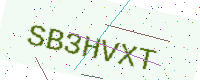
Text: SB3HVXT